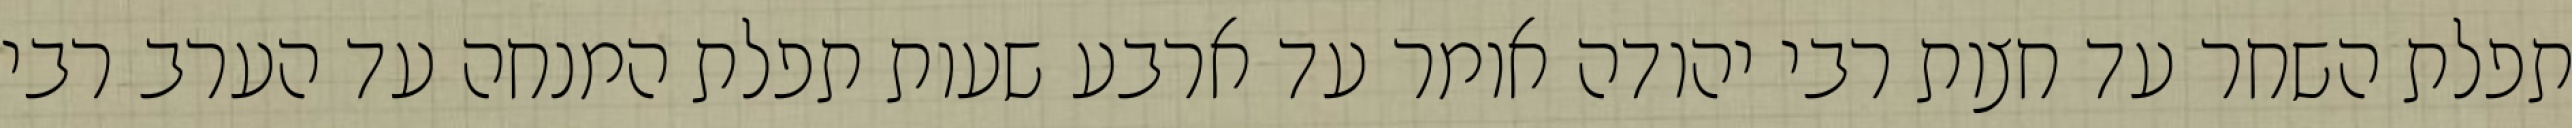
תפלת השחר עד חצות רבי יהודה אומר עד ארבע שעות תפלת המנחה עד הערב רבי